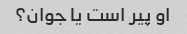
او پیر است یا جوان؟